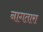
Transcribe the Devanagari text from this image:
नागतारा